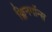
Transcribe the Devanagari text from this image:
क्लिनगॉन्स